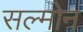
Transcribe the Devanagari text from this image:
सल्मोन